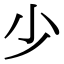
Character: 少